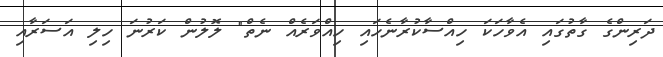
ދަރިންގެ ގާތުގައި އެވާހަކަ ހިއްސާކުރާނެހައި ހިއްވަރެއް ނެތް" ލޮލުން ކަރުނަ ހިލި އަސަރާއި